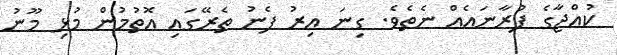
ކުއްޖާގެ ފުރާނައެއް ނެތެވެ. ގިނަ އިރު ފެނު ތެރޭގައި އޮތުމުން މުޅި މޫނު